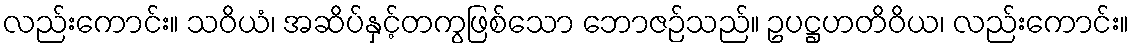
လည်းကောင်း။ သဝိယံ၊ အဆိပ်နှင့်တကွဖြစ်သော ဘောဇဉ်သည်။ ဥပဋ္ဌဟတိဝိယ၊ လည်းကောင်း။